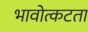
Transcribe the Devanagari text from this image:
भावोत्कटता